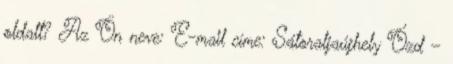
oldalt? Az Ön neve: E-mail címe: Sátoraljaújhely Ózd –